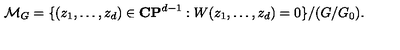
{ \cal M } _ { G } = \{ ( z _ { 1 } , \ldots , z _ { d } ) \in { \bf C P } ^ { d - 1 } : W ( z _ { 1 } , \ldots , z _ { d } ) = 0 \} / ( G / G _ { 0 } ) .